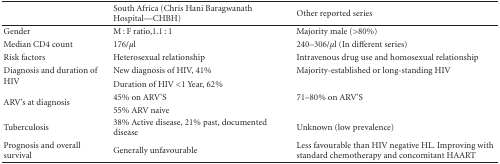
|  | South Africa (Chris Hani Baragwanath Hospital—CHBH) | Other reported series |
 | --- | --- | --- |
 | Gender | M : F ratio,1.1 : 1 | Majority male (>80%) |
 | Median CD4 count | 176/μl | 240–306/μl (In different series) |
 | Risk factors | Heterosexual relationship | Intravenous drug use and homosexual relationship |
 | <ROWSPAN=2> Diagnosis and duration of HIV | New diagnosis of HIV, 41% | Majority-established or long-standing HIV |
 | Duration of HIV <1 Year, 62% |  |
 | <ROWSPAN=2> ARV's at diagnosis | 45% on ARV'S | 71–80% on ARV'S |
 | 55% ARV naive |  |
 | Tuberculosis | 38% Active disease, 21% past, documented disease | Unknown (low prevalence) |
 | Prognosis and overall survival | Generally unfavourable | Less favourable than HIV negative HL. Improving with standard chemotherapy and concomitant HAART |